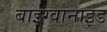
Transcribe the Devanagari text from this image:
बाइग्वानाइड